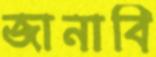
জানাবি